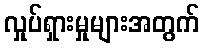
လှုပ်ရှားမှုများအတွက်